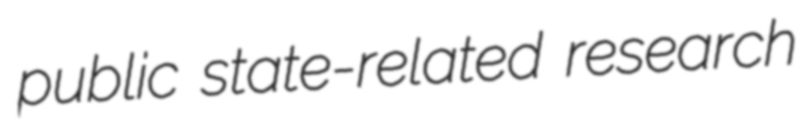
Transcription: public state-related research